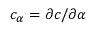
c _ { \alpha } = \partial c / \partial \alpha